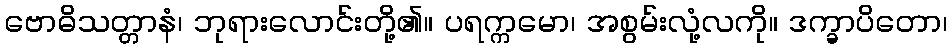
ဗောဓိသတ္တာနံ၊ ဘုရားလောင်းတို့၏။ ပရက္ကမော၊ အစွမ်းလုံ့လကို။ ဒက္ခာပိတော၊